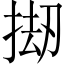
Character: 𫽅